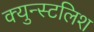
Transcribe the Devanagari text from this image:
क्युन्स्टलिश